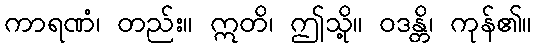
ကာရဏံ၊ တည်း။ ဣတိ၊ ဤသို့။ ဝဒန္တိ၊ ကုန်၏။